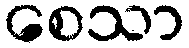
စေသာ